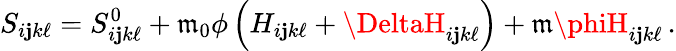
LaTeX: S_{i\mathbf{j}k\ell}=S_{i\mathbf{j}k\ell}^{0}+\mathfrak{m}_{0}\phi\left(H_{i\mathbf{j}k\ell}+\DeltaH_{i\mathbf{j}k\ell}\right)+\mathfrak{m}\phiH_{i\mathbf{j}k\ell}\, .